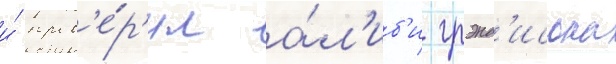
и́ пров'е́р'ил а́л'иб'и грэнд'исона